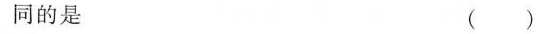
同的是（）